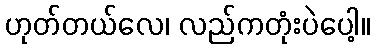
ဟုတ်တယ်လေ၊ လည်ကတုံးပဲပေါ့။